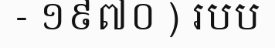
- ១៩៧០ ) របប